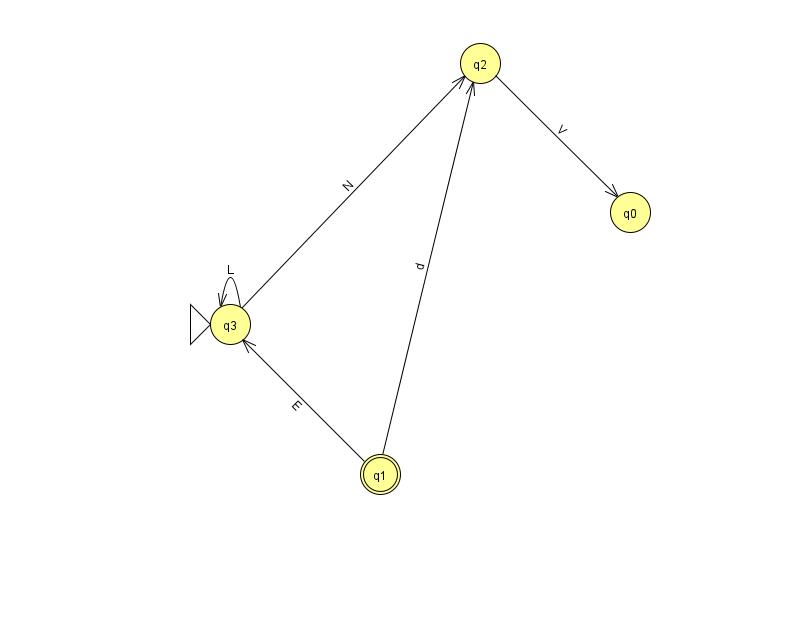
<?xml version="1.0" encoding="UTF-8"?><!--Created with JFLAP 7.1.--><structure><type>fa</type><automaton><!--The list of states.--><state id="0" name="q0"><x>630.0</x><y>199.0</y></state><state id="1" name="q1"><x>380.0</x><y>461.0</y><final/></state><state id="2" name="q2"><x>480.0</x><y>50.0</y></state><state id="3" name="q3"><x>230.0</x><y>311.0</y><initial/></state><!--The list of transitions.--><transition><from>1</from><to>3</to><read>E</read></transition><transition><from>1</from><to>2</to><read>d</read></transition><transition><from>2</from><to>0</to><read>V</read></transition><transition><from>3</from><to>2</to><read>N</read></transition><transition><from>3</from><to>3</to><read>L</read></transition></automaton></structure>